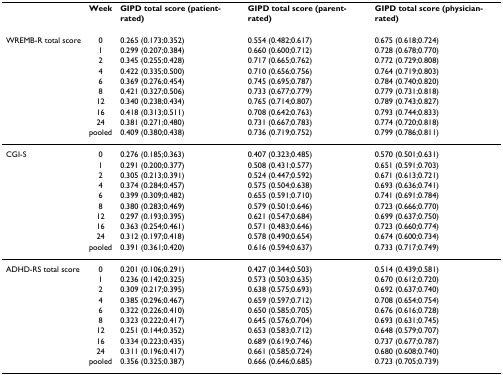
<table><thead><tr><td></td><td><b>Week</b></td><td><b>GIPD total score (patient-rated)</b></td><td><b>GIPD total score (parent-rated)</b></td><td><b>GIPD total score (physician-rated)</b></td></tr></thead><tbody><tr><td>WREMB-R total score</td><td>0</td><td>0.265 (0.173;0.352)</td><td>0.554 (0.482;0.617)</td><td>0.675 (0.618;0.724)</td></tr><tr><td></td><td>1</td><td>0.299 (0.207;0.384)</td><td>0.660 (0.600;0.712)</td><td>0.728 (0.678;0.770)</td></tr><tr><td></td><td>2</td><td>0.345 (0.255;0.428)</td><td>0.717 (0.665;0.762)</td><td>0.772 (0.729;0.808)</td></tr><tr><td></td><td>4</td><td>0.422 (0.335;0.500)</td><td>0.710 (0.656;0.756)</td><td>0.764 (0.719;0.803)</td></tr><tr><td></td><td>6</td><td>0.369 (0.276;0.454)</td><td>0.745 (0.695;0.787)</td><td>0.784 (0.740;0.820)</td></tr><tr><td></td><td>8</td><td>0.421 (0.327;0.506)</td><td>0.733 (0.677;0.779)</td><td>0.779 (0.731;0.818)</td></tr><tr><td></td><td>12</td><td>0.340 (0.238;0.434)</td><td>0.765 (0.714;0.807)</td><td>0.789 (0.743;0.827)</td></tr><tr><td></td><td>16</td><td>0.418 (0.313;0.511)</td><td>0.708 (0.642;0.763)</td><td>0.793 (0.744;0.833)</td></tr><tr><td></td><td>24</td><td>0.381 (0.271;0.480)</td><td>0.731 (0.667;0.783)</td><td>0.774 (0.720;0.818)</td></tr><tr><td></td><td>pooled</td><td>0.409 (0.380;0.438)</td><td>0.736 (0.719;0.752)</td><td>0.799 (0.786;0.811)</td></tr><tr><td>CGI-S</td><td>0</td><td>0.276 (0.185;0.363)</td><td>0.407 (0.323;0.485)</td><td>0.570 (0.501;0.631)</td></tr><tr><td></td><td>1</td><td>0.291 (0.200;0.377)</td><td>0.508 (0.431;0.577)</td><td>0.651 (0.591;0.703)</td></tr><tr><td></td><td>2</td><td>0.305 (0.213;0.391)</td><td>0.524 (0.447;0.592)</td><td>0.671 (0.613;0.721)</td></tr><tr><td></td><td>4</td><td>0.374 (0.284;0.457)</td><td>0.575 (0.504;0.638)</td><td>0.693 (0.636;0.741)</td></tr><tr><td></td><td>6</td><td>0.399 (0.309;0.482)</td><td>0.655 (0.591;0.710)</td><td>0.741 (0.691;0.784)</td></tr><tr><td></td><td>8</td><td>0.380 (0.283;0.469)</td><td>0.579 (0.501;0.646)</td><td>0.723 (0.666;0.770)</td></tr><tr><td></td><td>12</td><td>0.297 (0.193;0.395)</td><td>0.621 (0.547;0.684)</td><td>0.699 (0.637;0.750)</td></tr><tr><td></td><td>16</td><td>0.363 (0.254;0.461)</td><td>0.571 (0.483;0.646)</td><td>0.723 (0.660;0.774)</td></tr><tr><td></td><td>24</td><td>0.312 (0.197;0.418)</td><td>0.578 (0.490;0.654)</td><td>0.674 (0.600;0.734)</td></tr><tr><td></td><td>pooled</td><td>0.391 (0.361;0.420)</td><td>0.616 (0.594;0.637)</td><td>0.733 (0.717;0.749)</td></tr><tr><td>ADHD-RS total score</td><td>0</td><td>0.201 (0.106;0.291)</td><td>0.427 (0.344;0.503)</td><td>0.514 (0.439;0.581)</td></tr><tr><td></td><td>1</td><td>0.236 (0.142;0.325)</td><td>0.573 (0.503;0.635)</td><td>0.670 (0.612;0.720)</td></tr><tr><td></td><td>2</td><td>0.309 (0.217;0.395)</td><td>0.638 (0.575;0.693)</td><td>0.692 (0.637;0.740)</td></tr><tr><td></td><td>4</td><td>0.385 (0.296;0.467)</td><td>0.659 (0.597;0.712)</td><td>0.708 (0.654;0.754)</td></tr><tr><td></td><td>6</td><td>0.322 (0.226;0.410)</td><td>0.650 (0.585;0.705)</td><td>0.676 (0.616;0.728)</td></tr><tr><td></td><td>8</td><td>0.323 (0.222;0.417)</td><td>0.645 (0.576;0.704)</td><td>0.693 (0.631;0.745)</td></tr><tr><td></td><td>12</td><td>0.251 (0.144;0.352)</td><td>0.653 (0.583;0.712)</td><td>0.648 (0.579;0.707)</td></tr><tr><td></td><td>16</td><td>0.334 (0.223;0.435)</td><td>0.689 (0.619;0.746)</td><td>0.737 (0.677;0.787)</td></tr><tr><td></td><td>24</td><td>0.311 (0.196;0.417)</td><td>0.661 (0.585;0.724)</td><td>0.680 (0.608;0.740)</td></tr><tr><td></td><td>pooled</td><td>0.356 (0.325;0.387)</td><td>0.666 (0.646;0.685)</td><td>0.723 (0.705;0.739)</td></tr></tbody></table>